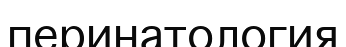
перинатология